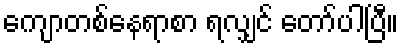
ကျောတစ်နေရာစာ ရလျှင် တော်ပါပြီ။